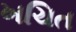
ખચિત